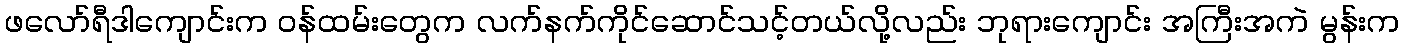
ဖလော်ရီဒါကျောင်းက ဝန်ထမ်းတွေက လက်နက်ကိုင်ဆောင်သင့်တယ်လို့လည်း ဘုရားကျောင်း အကြီးအကဲ မွန်းက